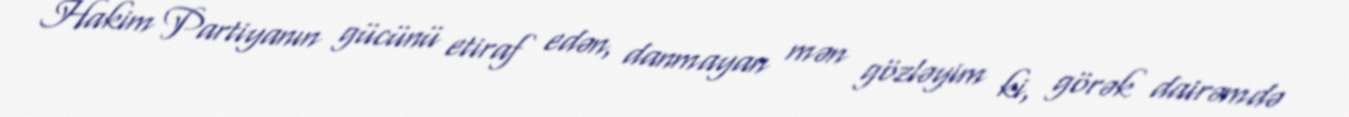
Hakim Partiyanın gücünü etiraf edən, danmayan mən gözləyim ki, görək dairəmdə